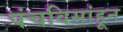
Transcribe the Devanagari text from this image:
पंचविसांहून